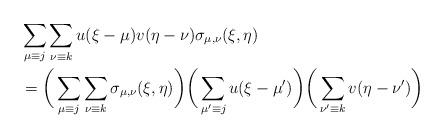
LaTeX: \begin{align*}&\sum_{\mu \equiv j} \sum_{\nu \equiv k}u(\xi - \mu)v(\eta - \nu)\sigma_{\mu, \nu} (\xi, \eta) \\&=\bigg(\sum_{\mu \equiv j} \sum_{\nu \equiv k}\sigma_{\mu, \nu} (\xi, \eta) \bigg)\bigg( \sum_{\mu^{\prime}\equiv j } u(\xi - \mu^{\prime})\bigg)\bigg(\sum_{\nu^{\prime}\equiv k} v(\eta - \nu^{\prime})\bigg) \end{align*}